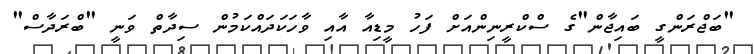
"ބަޖްރަންގީ ބައިޖާން"ގެ ސްކްރީނިންއަށް ފަހު މީޑިއާ އާއި ވާހަކަދައްކަމުން ސިދާތް ވަނީ "ބްރަދާސް"